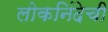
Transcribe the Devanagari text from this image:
लोकनिंदेची